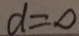
d = 0